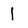
Character: 1